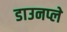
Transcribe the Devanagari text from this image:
डाउनप्ले